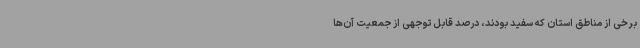
برخی از مناطق استان که سفید بودند، درصد قابل توجهی از جمعیت آن‌ها